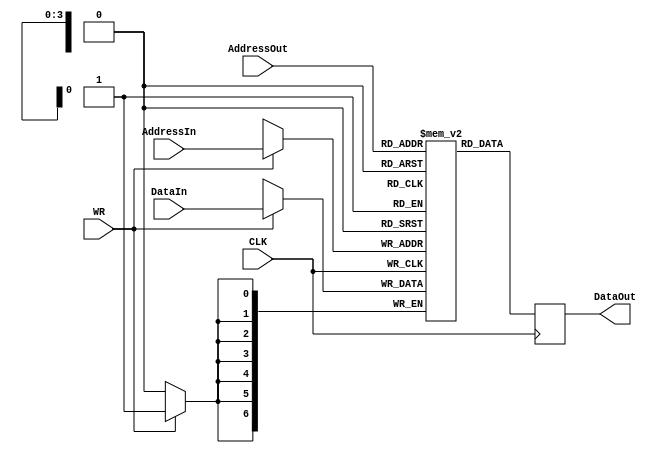
`timescale 1ns / 1ps

/*

	Memoria Principal
	
	Descripcion: 
	Se almacenaran los valores pertinentes del proyecto, del cronometro y el reloj
	Tiene 16 campos de memoria de 7 bits cada uno
	
	Entradas y salidas:
	ADDRIN, ADDROUT
	DATAIN, DATAOUT
	WRITE/READ
	
	RAM NAME: Principal
	
	Nota: La memoria necesitar ser inicializada
	
	Fecha: 10/Sep/2016
	Implementador: Luis Leon
	
*/
module memoriaPrincipal(
	
	output reg [6:0] DataOut,
	input WR,
	input [6:0] DataIn,
	input [3:0] AddressIn,
	input [3:0] AddressOut,
	input CLK
	
	);

	// Configuracion de la memoria
	parameter RAM_WIDTH = 7; // 7 bits de datos
   parameter RAM_ADDR_BITS = 4; // 4 bits de direcciones
	
	// Definir el bloque de RAM y el ancho de los registros de salida	
	(* RAM_STYLE="BLOCK" *)
   reg [RAM_WIDTH-1:0] Principal [(2**RAM_ADDR_BITS)-1:0];

	// Proceso de lectura/escritura
	always @(posedge CLK) begin
      if (WR)
         Principal[AddressIn] <= DataIn;
      DataOut <= Principal[AddressOut];
   end

endmodule